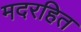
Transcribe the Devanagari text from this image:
मदरहित